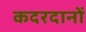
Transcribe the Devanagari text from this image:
कदरदानों